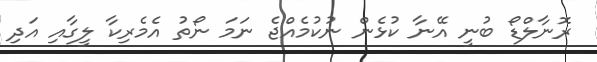
ރޮނާލްޑޯ ބުނީ އޭނާ ކުޅެން ނުކުމެއްޖެ ނަމަ ނޯތު އެމެރިކާ ލީގާއި އަދި